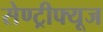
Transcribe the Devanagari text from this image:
सेण्ट्रीफ्यूज